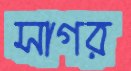
সাগর